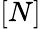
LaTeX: [N]